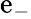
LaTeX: \mathrm{e}_{-}